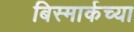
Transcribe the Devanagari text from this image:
बिस्मार्कच्या